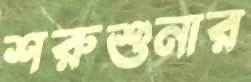
শরুশুনার